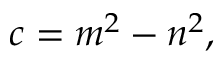
c = m ^ { 2 } - n ^ { 2 } ,